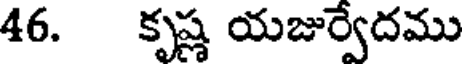
46. కృష్ణ యజుర్వేదము